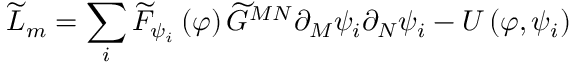
\widetilde { L } _ { m } = \sum _ { i } \widetilde { F } _ { \psi _ { i } } \left( \varphi \right) \widetilde { G } ^ { M N } \partial _ { M } \psi _ { i } \partial _ { N } \psi _ { i } - U \left( \varphi , \psi _ { i } \right)